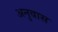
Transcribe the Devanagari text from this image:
अनुवास